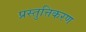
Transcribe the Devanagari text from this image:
प्रस्तुत्तिकरण